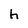
Character: h